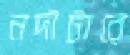
নদীটারে